Scientific memoirs by medical officers of the Army of India - Part X,
Year: 1897
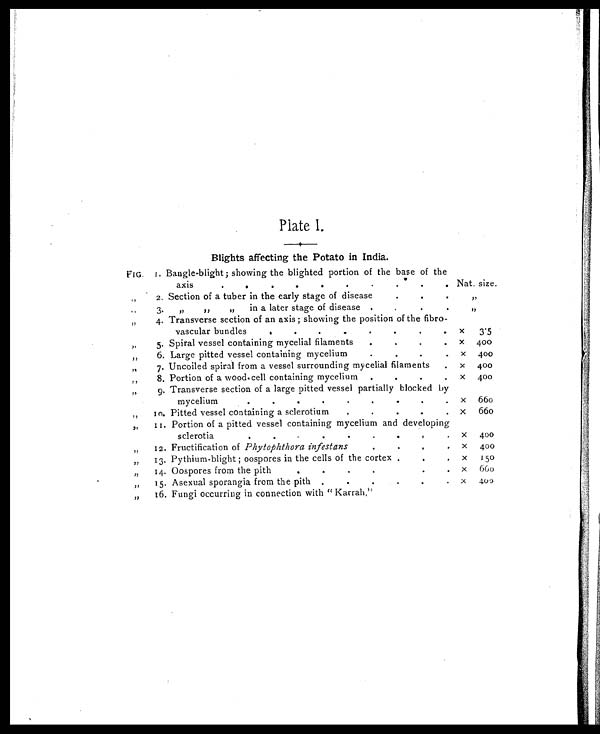
Plate I.
Blights affecting the Potato in India.
FIG. 1. Bangle-blight; showing the blighted portion of the base of the
a x i s
.
.
.
.
.
.
Nat. size.
„
2. Section of a tuber in the early stage of disease
. . .
„ „
3.
„ „ „
in a later stage of disease.
.
.
.
„ „
4. Transverse section of an axis ; showing the position of the fibro-
v a s c u l a r b u n d l e s
. . . .
x 3.5
„
5. Spiral vessel containing mycelial filaments
.
.
. x 400
„
6. Large pitted vessel containing mycelium
.
.
x 400
„
7. Uncoiled spiral from a vessel surrounding mycelial filaments
. . . x 400
„
8. Portion of a wood.cell containing mycelium .
.
. x 400
„
9. Transverse section of a large pitted vessel partially blocked by
mycelium.
.
.
.
.
x 6 6 0
„ 10. Pitted vessel containing a sclerotium. . .
x 6 6 0
„
11. Portion of a pitted vessel containing mycelium and developing
sclerotia
.
.
.
.
.
x 400
„
12. Fructification of Phytophthora infestans. .
.
.
x 400
„
13. Pythium-blight ; oospores in the cells of the cortex .
.
.
. x 150
„
14. Oospores from the pith
.
.
. x 660
„
15. Asexual sporangia from the pith .
.
.
.
x 4 0 0
„
16. Fungi occurring in connection with " Karrah,"